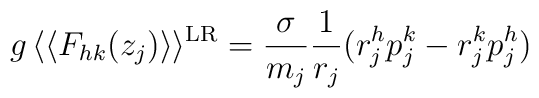
g \, \langle\langle F_{hk}(z_j) \rangle\rangle^{{\rm LR}} =\frac{\sigma}{m_j} \frac{1}{r_j} (r_j^h p_j^k - r_j^k p_j^h)